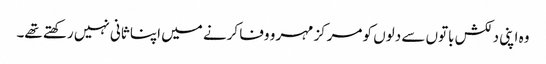
وہ اپنی دلکش باتوں سے دلوں کو مرکز مہر و وفا کرنے میں اپنا ثانی نہیں رکھتے تھے۔